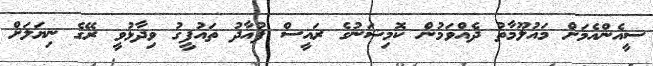
ސީއެންއެމަށް މައުލޫމާތު ދެއްވަމުން ކޮމިޝަނުގެ ރައީސް ފުއާދު ތައުފީގު ވިދާޅުވީ ރޭގެ ނިޔަލަށް